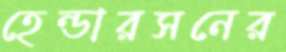
হেন্ডারসনের